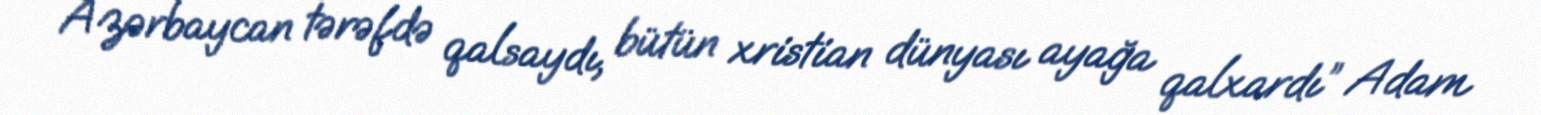
Azərbaycan tərəfdə qalsaydı, bütün xristian dünyası ayağa qalxardı” Adam